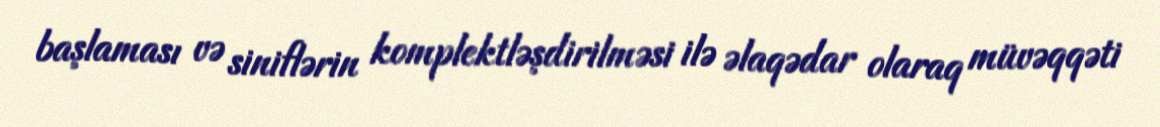
başlaması və siniflərin komplektləşdirilməsi ilə əlaqədar olaraq müvəqqəti